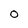
Character: O